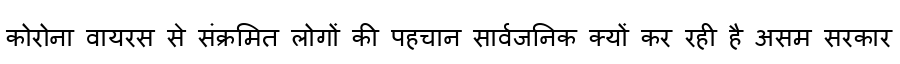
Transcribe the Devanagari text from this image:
कोरोना वायरस से संक्रमित लोगों की पहचान सार्वजनिक क्यों कर रही है असम सरकार